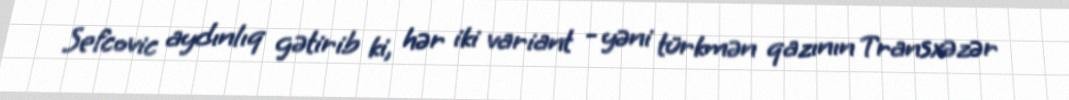
Sefcovic aydınlıq gətirib ki, hər iki variant - yəni türkmən qazının Transxəzər